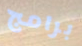
برامج